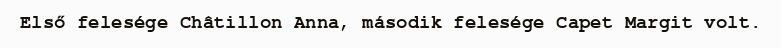
Első felesége Châtillon Anna, második felesége Capet Margit volt.